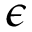
\epsilon